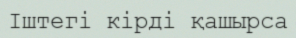
Іштегі кірді қашырса